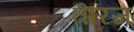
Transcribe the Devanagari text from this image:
तारज